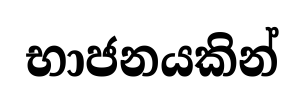
භාජනයකින්